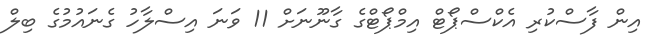
އިން ފާސްކުރި އެކްސްޕޯޓް އިމްޕޯޓްގެ ގާނޫނަށް 11 ވަނަ އިސްލާހު ގެނައުމުގެ ބިލް